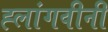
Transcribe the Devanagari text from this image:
ह्लांगवीनी